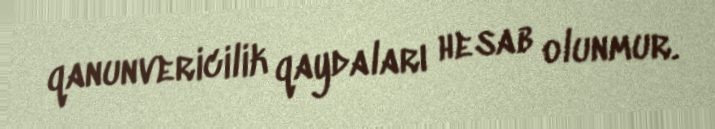
qanunvericilik qaydaları hesab olunmur.